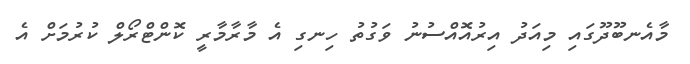
މާއެނބޫދޫގައި މިއަދު އިރުއޮއްސުނު ވަގުތު ހިނގި އެ މާރާމާރީ ކޮންޓްރޯލް ކުރުމަށް އެ